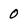
Character: 0